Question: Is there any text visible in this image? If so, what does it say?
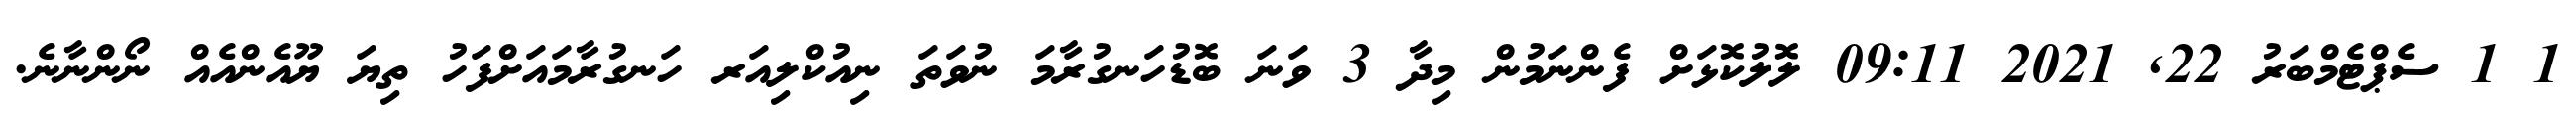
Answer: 1 1 ސެޕްޓެމްބަރު 22, 2021 09:11 ލޮލުކޮޅަށް ފެންނަމުން މިދާ 3 ވަނަ ބޮޑުހަނގުރާމަ ނުވަތަ ނިއުކްލިއަރ ހަނގުރާމައަށްފަހު ތިޔަ ޔޫއެންއެއް ނޯންނާނެ.